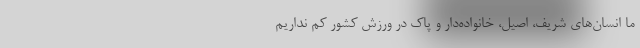
ما انسان‌های شریف، اصیل، خانواده‌دار و پاک در ورزش کشور کم نداریم